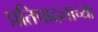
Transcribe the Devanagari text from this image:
प्रतिपादनाच्या